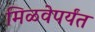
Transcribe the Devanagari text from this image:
मिळवेपर्यंत